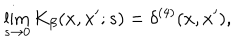
\lim _ { s \rightarrow 0 } K _ { \beta } ( x , x ^ { \prime } ; s ) = \delta ^ { ( 4 ) } ( x , x ^ { \prime } ) ,